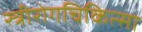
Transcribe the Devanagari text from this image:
स्त्रीरोगचिकित्सा